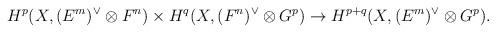
LaTeX: \begin{align*}H^p(X,(E^m)^\vee\otimes F^n) \times H^q(X,(F^n)^\vee\otimes G^p)\to H^{p+q}(X,(E^m)^\vee\otimes G^p).\end{align*}